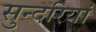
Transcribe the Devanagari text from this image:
सुन्दरियां